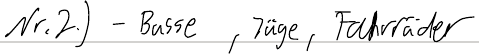
Nr.2.) - Busse, Züge, Fahrräder